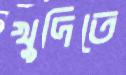
খুদিতে